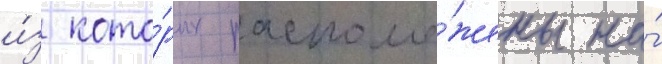
и́з кото́рых располо́жены на́